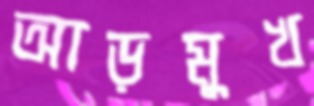
আড়মুখ